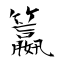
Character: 籝